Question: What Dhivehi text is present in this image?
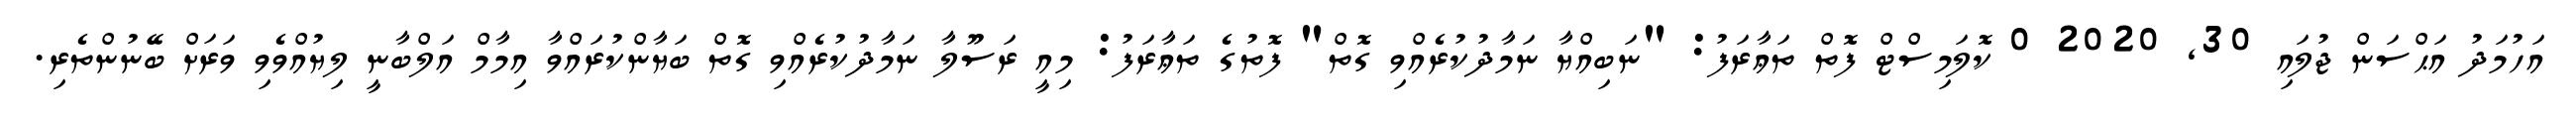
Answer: އަހުމަދު އަޙްސަން ޖުލައި 30, 2020 0 ކޮލަމިސްޓް ފޮތް ތަޢާރަފު: "ނަބިއްޔާ ނަމާދުކުރެއްވި ގޮތް" ފޮތުގެ ތަޢާރަފު: މިއީ ރަސޫލާ ނަމާދުކުރެއްވި ގޮތް ބަޔާންކުރައްވާ އިމާމް އަލްބާނީ ލިޔުއްވެވި ވަރަށް ބޭނުންތެރި.